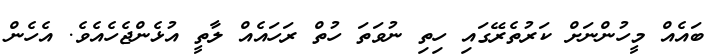
ބައެއް މީހުންނަށް ކަރުތެރޭގައި ހިތި ނުވަތަ ހުތް ރަހައެއް ލާތީ އުޅެންޖެހެއެވެ. އެހެން